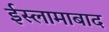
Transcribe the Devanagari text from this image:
ईस्लामाबाद